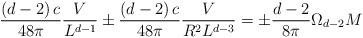
LaTeX: \begin{align*}\frac{\left( d-2\right) c}{48\pi }\frac{V}{L^{d-1}}\pm \frac{\left(d-2\right) c}{48\pi }\frac{V}{R^{2}L^{d-3}}=\pm \frac{d-2}{8\pi }\Omega_{d-2}M\end{align*}